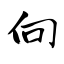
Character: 向